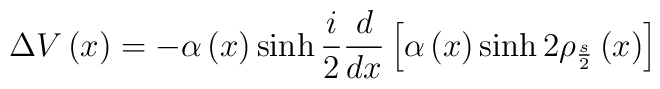
\Delta V\left( x\right) =-\alpha \left( x\right)\sinh \frac{i}{2}\frac {d}{dx}\left[ \alpha \left( x\right) \sinh 2\rho _{\frac {s}{2}}\left(x\right) \right]